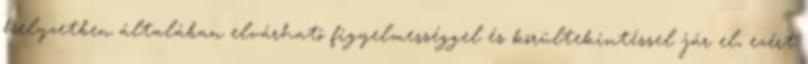
helyzetben általában elvárható figyelmességgel és körültekintéssel jár el, ezért